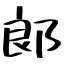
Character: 郞